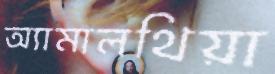
অ্যামালথিয়া